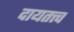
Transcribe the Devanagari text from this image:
दायतत्त्व